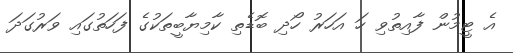
އެ ޓީމުން ފާއިތުވި ހަ އަހަރު ހޯދި ބޮޑެތި ކާމިޔާބީތަކުގެ ފަހަތުގައި ވަރުގަދަ